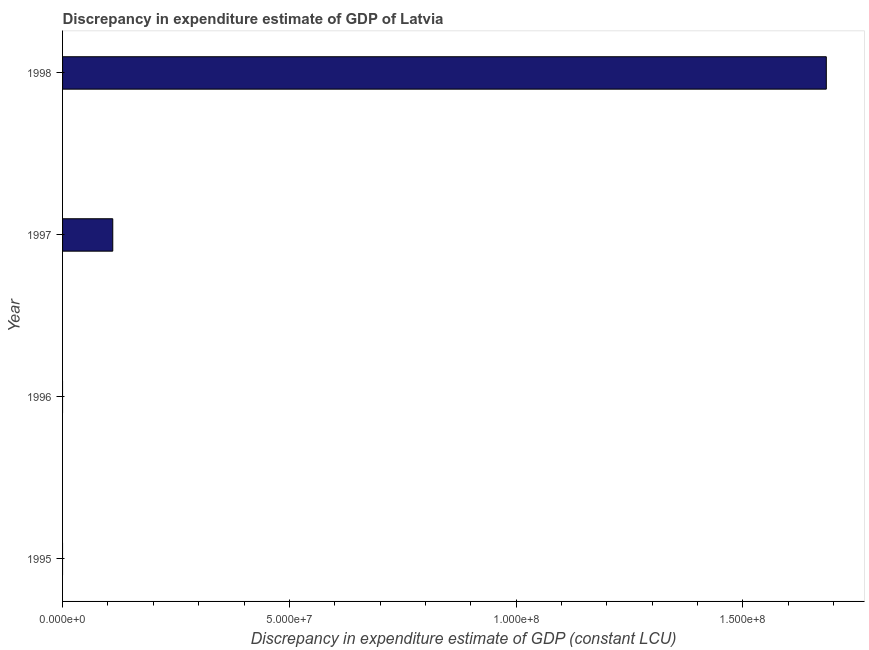
| Year | Discrepancy constant LCU |
 | --- | --- |
 | 1995 | -7.85e+07 |
 | 1996 | -2.55e+07 |
 | 1997 | 1.11e+07 |
 | 1998 | 1.68e+08 |